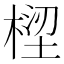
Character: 𣕝